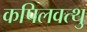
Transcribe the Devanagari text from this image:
कपिलवत्थु